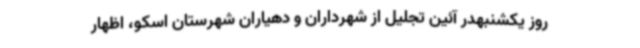
روز یکشنبهدر آئین تجلیل از شهرداران و دهیاران شهرستان اسکو، اظهار